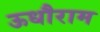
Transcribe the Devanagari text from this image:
ऊधौराम